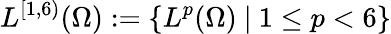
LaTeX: L^{[1,6)}(\Omega):=\{ L^{p}(\Omega)\ |\ 1\le p<6\}